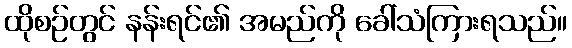
ထိုစဉ်တွင် နန်းရင်၏ အမည်ကို ခေါ်သံကြားရသည်။